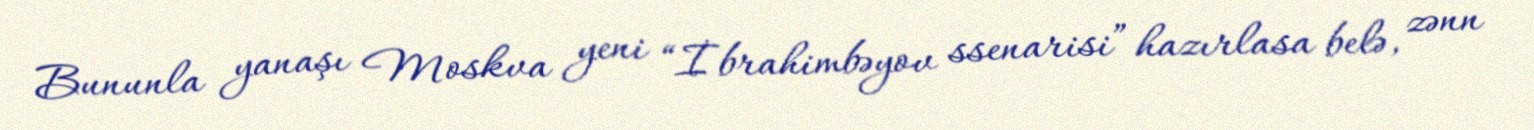
Bununla yanaşı Moskva yeni “İbrahimbəyov ssenarisi” hazırlasa belə, zənn